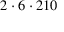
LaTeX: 2 \cdot 6 \cdot 2 1 0